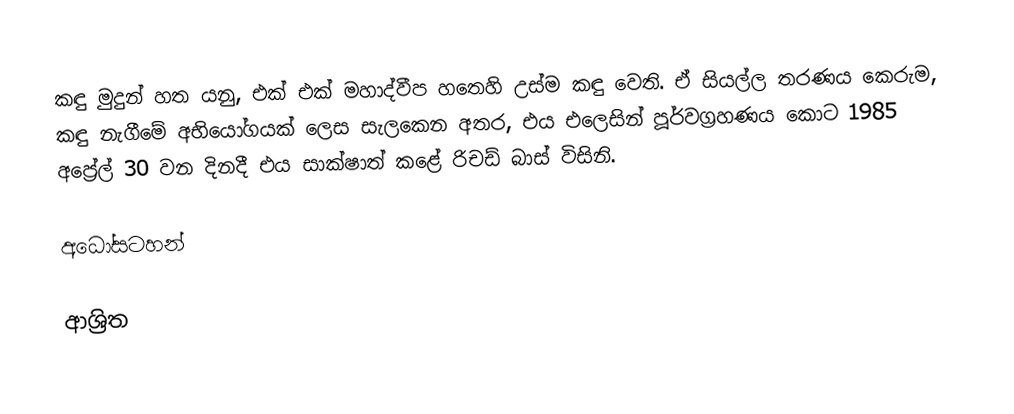
කඳු මුදුන් හත යනු, එක් එක් මහාද්වීප හතෙහි උස්ම කඳු වෙති. ඒ සියල්ල තරණය කෙරුම,  කඳු නැගීමේ අභියෝගයක් ලෙස සැලකෙන අතර, එය එලෙසින් පූර්වග්‍රහණය කොට 1985 අප්‍රේල් 30 වන දිනදී එය සාක්ෂාත් කළේ  රිචඩ් බාස් විසිනි.

අධෝසටහන්

ආශ්‍රිත